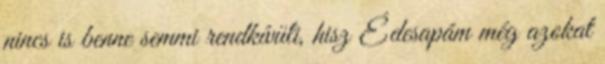
nincs is benne semmi rendkívüli, hisz Édesapám még azokat